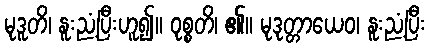
မုဒူတိ၊ နူးညံ့ပြီးဟူ၍။ ဝုစ္စတိ၊ ၏။ မုဒုတ္တာယေဝ၊ နူးညံ့ပြီး